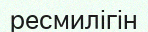
ресмилігін